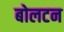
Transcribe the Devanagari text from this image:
बोलटन